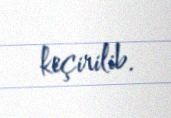
keçirilib.